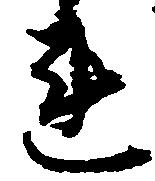
連